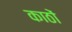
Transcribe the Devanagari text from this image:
काठों